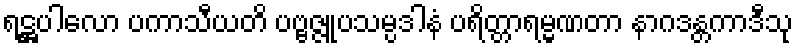
ရဋ္ဌပါလော ပကာသီယတိ ပဗ္ဗဇ္ဇူပသမ္ပဒါနံ ပရိတ္တာရမ္မဏတာ နာဂဒန္တကာဒီသု